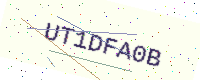
Text: UT1DFA0B